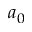
a _ { 0 }